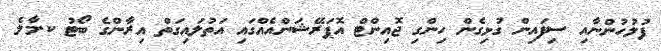
ފުލުހުންނާއި ސިފައިން ގުޅިގެން ހިންގި ޖޮއިންޓް އޮޕަރޭޝަންއެއްގައި އަތުލައިިގަތް އިރާންގެ ބޯޓު ކ.މާލެ